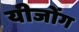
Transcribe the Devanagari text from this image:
यीजोंग